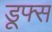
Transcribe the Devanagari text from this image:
डूफ्स